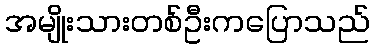
အမျိုးသားတစ်ဦးကပြောသည်